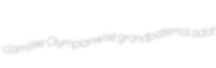
clamlike Olympianwise grandpaternal adat